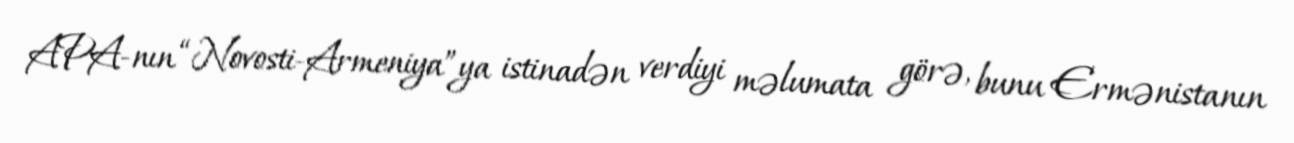
APA-nın “Novosti-Armeniya”ya istinadən verdiyi məlumata görə, bunu Ermənistanın